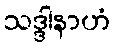
သဒ္ဒါနာဟံ